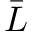
\bar { L }